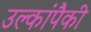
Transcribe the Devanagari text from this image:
उल्कांपैकी